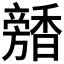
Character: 𩡕